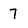
Character: 7